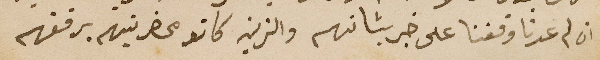
ان لم عدنا وقفنا على خبر بشانهم والزيت كانو محضرينهم برفقهم